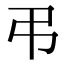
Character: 弔